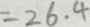
= 2 6 . 4